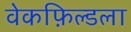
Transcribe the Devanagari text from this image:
वेकफ़िल्डला